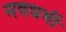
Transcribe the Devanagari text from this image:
नवधर्मी